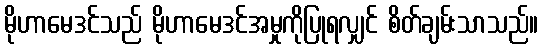
မိုဟာမေဒင်သည် မိုဟာမေဒင်အမှုကိုပြုရလျှင် စိတ်ချမ်းသာသည်။